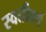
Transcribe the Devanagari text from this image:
स्वतीवर्ण